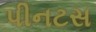
પીનટસ